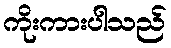
ကိုးကားပါသည်